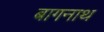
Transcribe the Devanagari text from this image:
बागनाथ